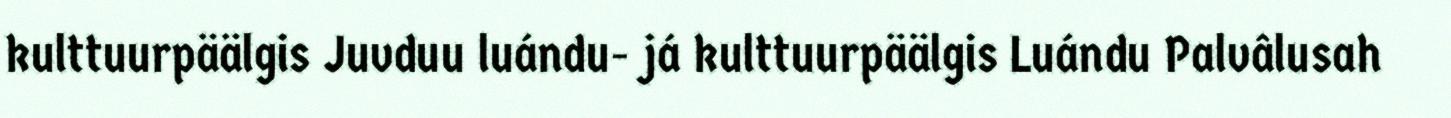
kulttuurpäälgis Juvduu luándu- já kulttuurpäälgis Luándu Palvâlusah